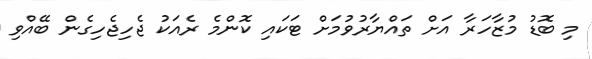
މި ބޮޑު މުޒާހަރާ އަށް ތައްޔާރުވުމަށް ޓަކައި ކޮންމެ ރެއަކު ޖެހިޖެހިގެން ބޭއްވި